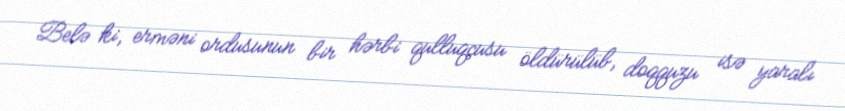
Belə ki, erməni ordusunun bir hərbi qulluqçusu öldürülüb, doqquzu isə yaralı